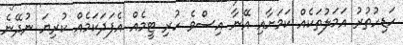
ހަޑިހުތުރު އަމަލުތަކެއް ކަމަށާއި އޭނާ އިސްވެ ހުރި ޓީމެއް އެފަދަކަމެއް ކުރިޔަ ނުދޭނެ